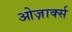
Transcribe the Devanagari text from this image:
ओज़ार्क्स